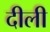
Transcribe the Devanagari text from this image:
दीली